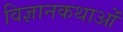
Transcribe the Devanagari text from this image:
विज्ञानकथाओं